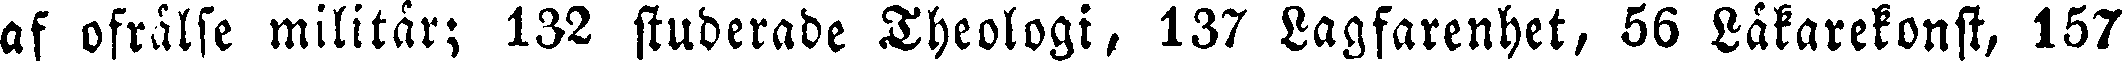
af ofrälse militär; 132 studerade Theologi, 137 Lagfarenhet, 56 Läkarekonst, 157